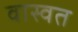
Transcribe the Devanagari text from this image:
वास्वत